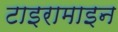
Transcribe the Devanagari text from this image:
टाइरामाइन